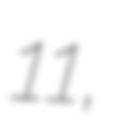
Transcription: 11,